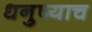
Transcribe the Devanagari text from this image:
धनुष्याच